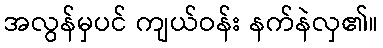
အလွန်မှပင် ကျယ်ဝန်း နက်နဲလှ၏။